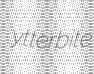
ytterbite